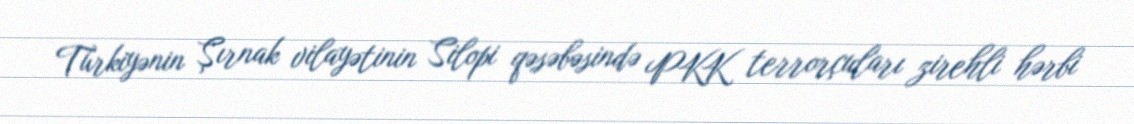
Türkiyənin Şırnak vilayətinin Silopi qəsəbəsində PKK terrorçuları zirehli hərbi